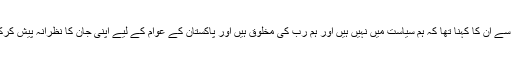
خلائی مخلوق کے حوالے سے ان کا کہنا تھا کہ ہم سیاست میں نہیں ہیں اور ہم رب کی مخلوق ہیں اور پاکستان کے عوام کے لیے اپنی جان کا نظرانہ پیش کرکے فرائض انجام دیں گے۔